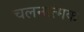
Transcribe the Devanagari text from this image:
चलनात्मक